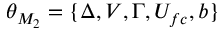
\theta _ { M _ { 2 } } = \{ \Delta , V , \Gamma , U _ { f c } , b \}